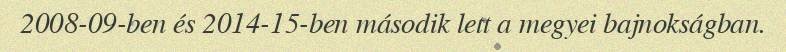
2008-09-ben és 2014-15-ben második lett a megyei bajnokságban.